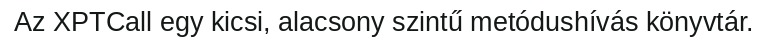
Az XPTCall egy kicsi, alacsony szintű metódushívás könyvtár.